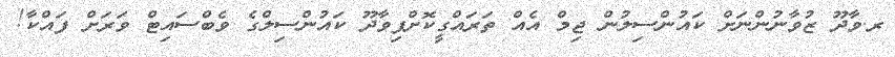
ރ.ވާދޫ ޒުވާނުންނަށް ކައުންސިލުން ޖިމް އެއް ތަރައްގީކޮށްފިވާދޫ ކައުންސިލްގެ ވެބްސައިޓް ވަރަށް ފައްކާ!